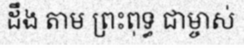
ដឹង តាម ព្រះពុទ្ធ ជាម្ចាស់